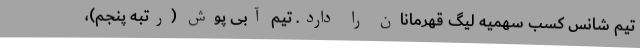
تیم شانس کسب سهمیه لیگ قهرمانان را دارد. تیم آبی پوش (رتبه پنجم)،